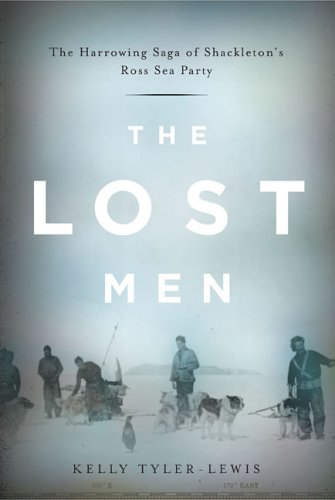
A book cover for The Lost Men: The Harrowing Saga of Shackleton's Ross Sea Party; Kelly Tyler-Lewis; Travel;